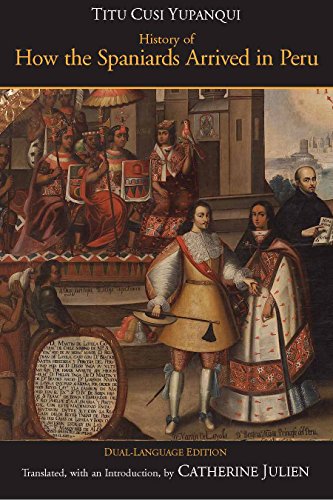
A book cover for History of How the Spaniards Arrived in Peru (RelasÃ½Ã½ion de como los EspaÃ½Ã½oles Entraron en el Peru), Dual-Language Edition (English and Spanish Edition); Diego De Castro Titu Cusi Yupangui; History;